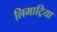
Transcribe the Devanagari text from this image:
लिमाट्रिया